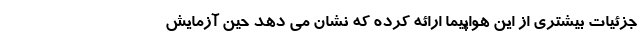
جزئیات بیشتری از این هواپیما ارائه کرده که نشان می دهد حین آزمایش